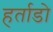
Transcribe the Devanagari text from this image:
हर्ताडो